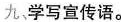
九学写宣传语。